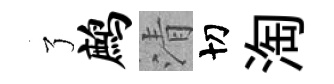
了鹧清切淘